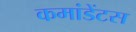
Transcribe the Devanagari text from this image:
कमांडेंटस